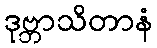
ဒုဗ္ဘာသိတာနံ